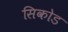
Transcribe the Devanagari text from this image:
सिकोड